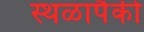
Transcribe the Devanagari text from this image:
स्थळापैकी